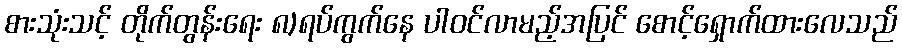
စားသုံးသင့် တိုက်တွန်းရေး ၈)ရပ်ကွက်နေ ပါဝင်လာမည့်အပြင် စောင့်ရှောက်ထားလေသည်